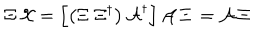
\Xi \, { \cal X } = \left[ \left( \Xi \; \Xi ^ { \dagger } \right) { \cal A } ^ { \dagger } \right] { \cal A } \, \Xi \, = { \cal A } \, \Xi